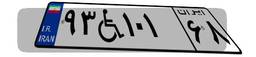
۴۷W۹۴۳۷۶